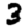
Digit: 3